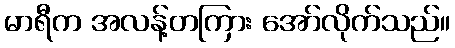
မာရီက အလန့်တကြား အော်လိုက်သည်။